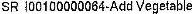
SR I00100000064-ADD VEGETABLE